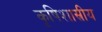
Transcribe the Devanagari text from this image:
कृषिशास्रीय